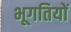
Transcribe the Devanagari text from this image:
भूगतियों